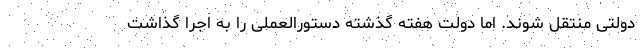
دولتی منتقل شوند. اما دولت هفته گذشته دستورالعملی را به اجرا گذاشت